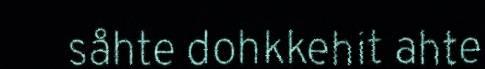
såhte dohkkehit ahte